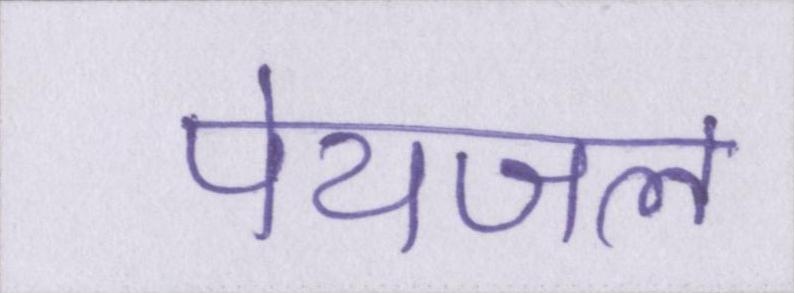
पेयजल